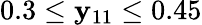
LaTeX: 0.3\leq\mathbf{y}_{11}\leq0.45